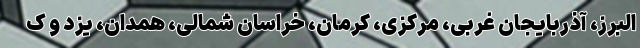
البرز، آذربایجان غربی، مرکزی، کرمان، خراسان شمالی، همدان، یزد و ک